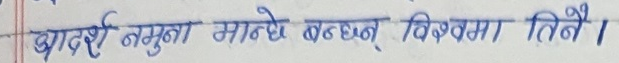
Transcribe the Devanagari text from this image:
आदर्श नमुना मान्छे बन्छन् विश्वमा तिनी ।